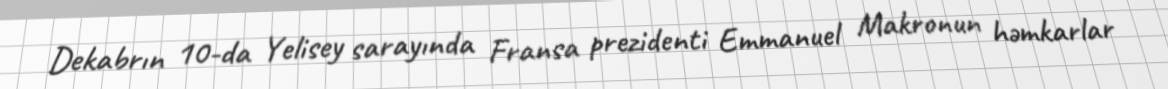
Dekabrın 10-da Yelisey sarayında Fransa prezidenti Emmanuel Makronun həmkarlar